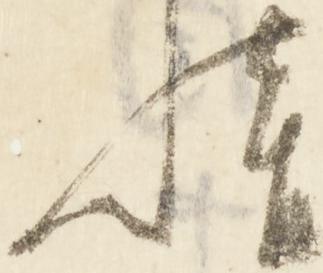
惜